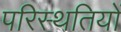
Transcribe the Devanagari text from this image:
परिस्‍थतियों